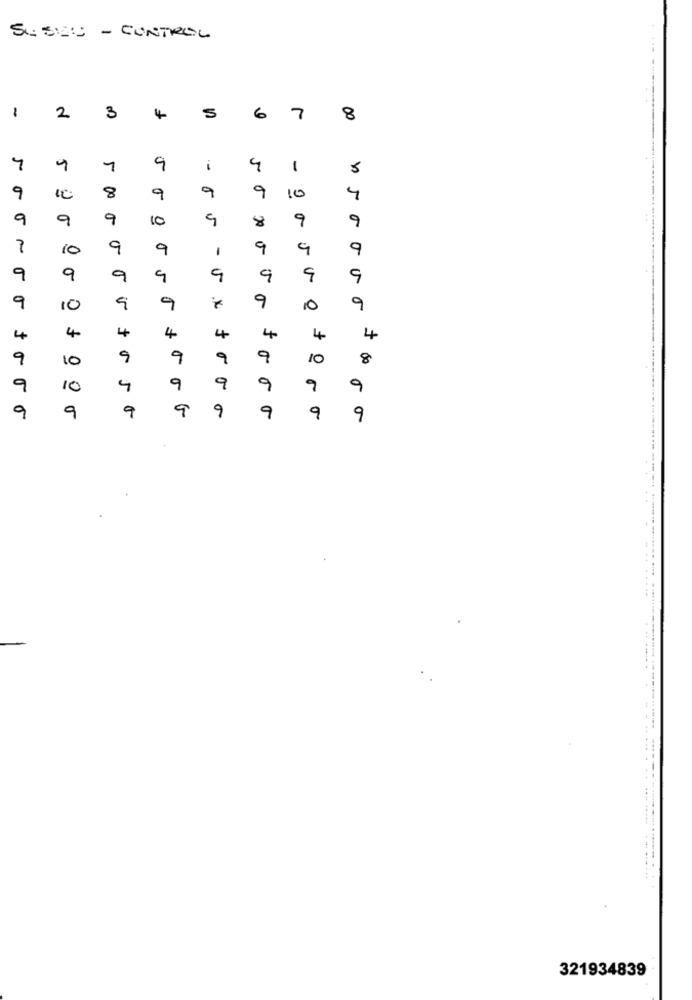
SUSHU - CONTROL
1
5
2
3
4
6
7
8
5
5
1
9
9
1
5
9
9
10
9
8
9
4
9
9
9
10
9
8
9
9
10
9
9
9
9
9
-
9
9
9
9
9
9
9
9
9
9
9
9
9
10
10
F
4
4
4
4
4
4
4
9
10
9
9
9
9
10
8
9
10
4
9
9
9
9
9
9
9
9
9
9
9
9
9
.
321934839